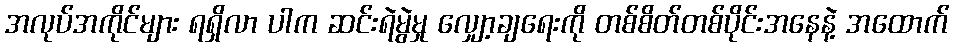
အလုပ်အကိုင်များ ရရှိလာ ပါက ဆင်းရဲမွဲမှု လျှော့ချရေးကို တစ်စိတ်တစ်ပိုင်းအနေနဲ့ အထောက်